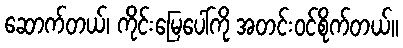
ဆောက်တယ်၊ ကိုင်းမြေပေါ်ကို အတင်းဝင်စိုက်တယ်။